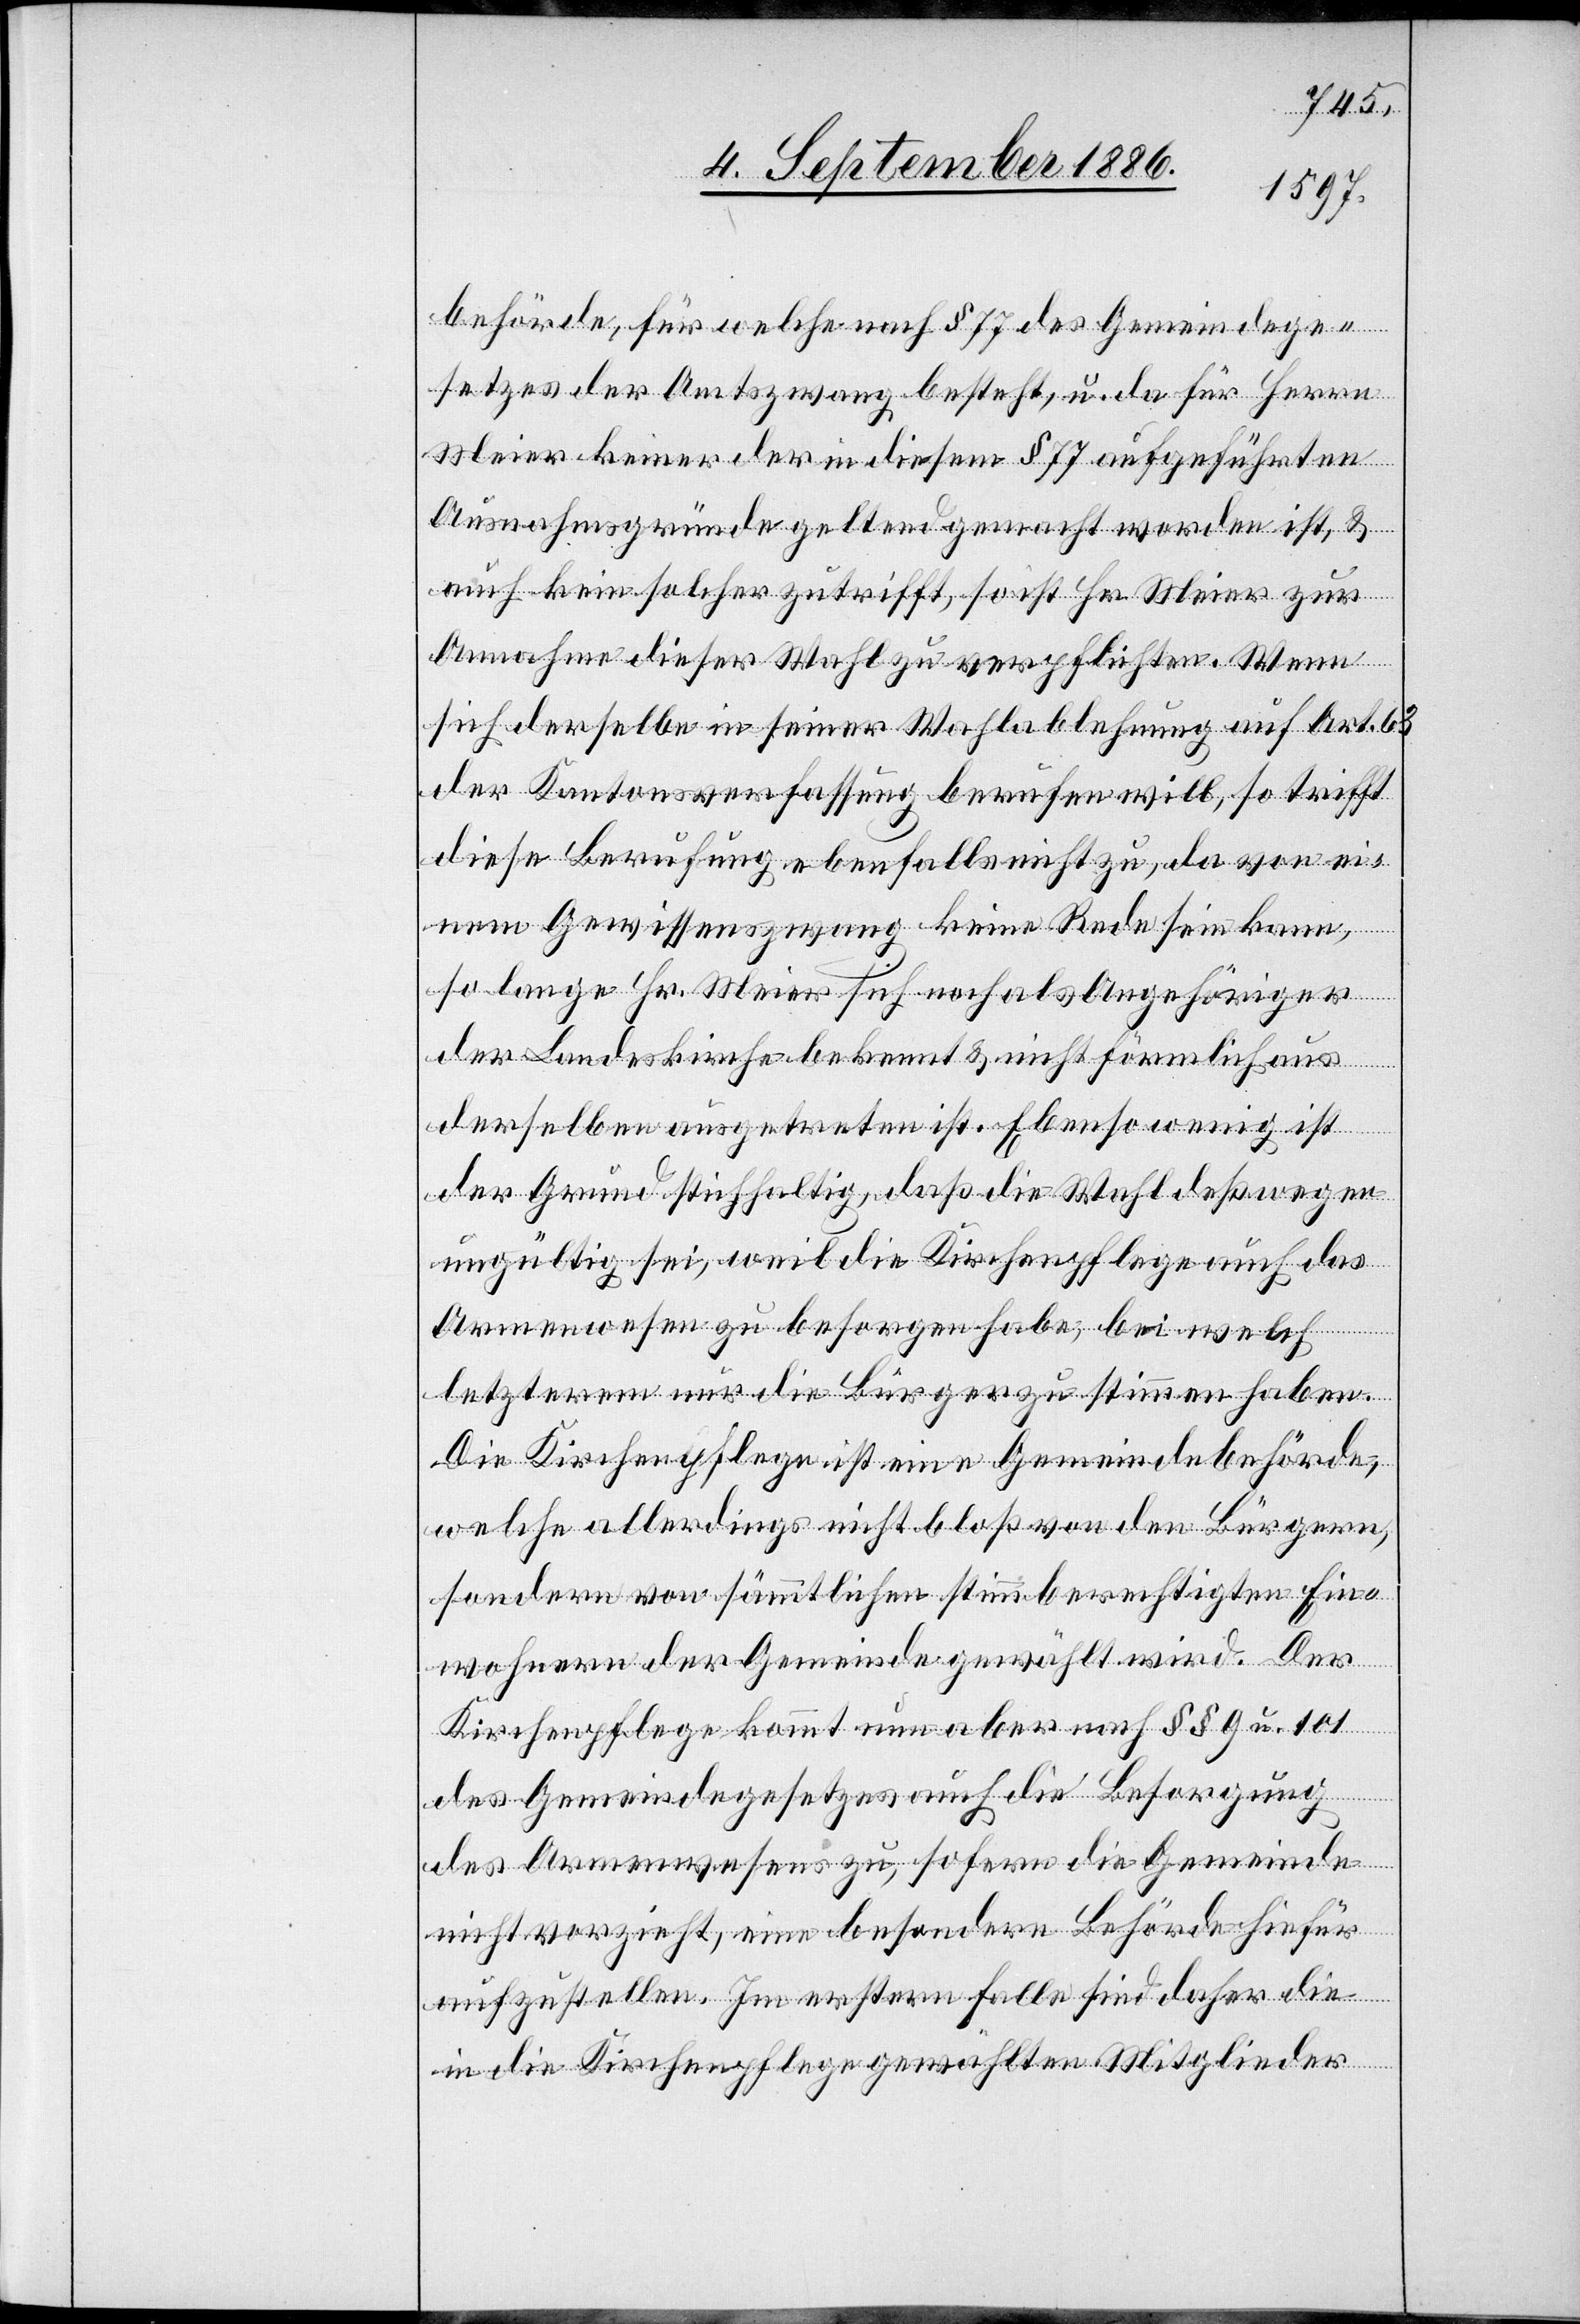
behörde, für welche nach § 77 des Gemeindege¬
setzes der Amtszwang besteht, u. da für Herrn
Meier keiner der in diesem § 77 aufgeführten
Ausnahmsgründe geltend gemacht worden ist, &
auch kein solcher zutrifft, so ist Hr. Meier zur
Annahme dieser Wahl zu verpflichten. Wenn
sich derselbe in seiner Wahlablehnung auf Art. 63
der Kantonsverfassung berufen will, so trifft
diese Berufung ebenfalls nicht zu, da von ei¬
nem Gewissenszwang keine Rede sein kann,
so lange Hr. Meier sich noch als Angehöriger
der Landeskirche bekennt & nicht förmlich aus
derselben ausgetreten ist. Ebensowenig ist
der Grund stichhaltig, daß die Wahl deßwegen
ungültig sei, weil die Kirchenpflege auch das
Armenwesen zu besorgen habe, bei welch
letzterem nur die Bürger zu stimmen haben.
Die Kirchenpflege ist eine Gemeindebehörde,
welche allerdings nicht bloß von den Bürgern
sondern von sämmtlichen stimmberechtigten Ein¬
wohnern der Gemeinde gewählt wird. Der
Kirchenpflege kommt nun aber nach §§ 9 u. 101
des Gemeindegesetzes auch die Besorgung
des Armenwesens zu, sofern die Gemeinde
nicht vorzieht, eine besondere Behörde hiefür
aufzustellen. Im erstern Falle sind daher die
in die Kirchenpflege gewählten Mitglieder